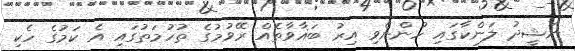
ނަޝީދު ލަންކާގައި ހުންނެވި އިރު ބަޣާވާތެއް ރޭވުމުގެ ތުހުމަތުގައި އެ ކަމުގެ ހެކި